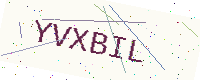
Text: YVXBIL